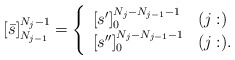
\begin{align*}[\bar s]_{N_{j-1}}^{N_j-1} =\left\{\begin{array}{ll}[s^{\prime}]_{0}^{N_j-N_{j-1}-1} & (j: )\\ \relax[s^{\prime \prime}]_{0}^{N_j-N_{j-1}-1}& (j:) .\end{array}\right.\end{align*}